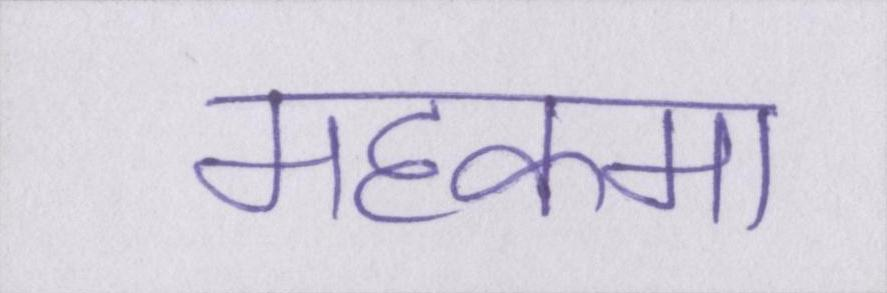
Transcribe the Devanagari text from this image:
महकमा